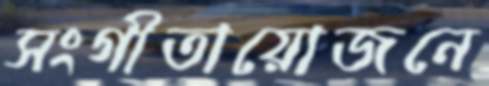
সংগীতায়োজনে